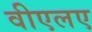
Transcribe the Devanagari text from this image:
वीएलए